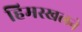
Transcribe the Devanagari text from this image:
हिमस्खलने